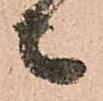
々